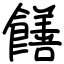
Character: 饍